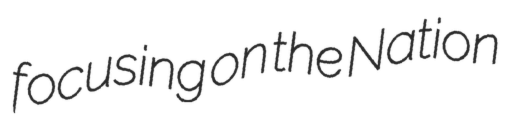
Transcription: focusing on the Nation